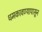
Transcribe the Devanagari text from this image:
धमकावण्यापासून